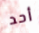
أحد